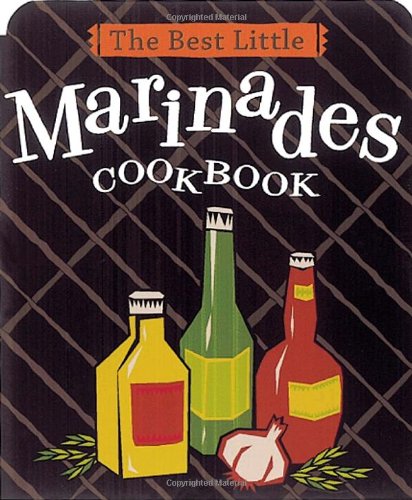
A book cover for The Best Little Marinades Cookbook (Best Little Cookbooks); Karen Adler; Cookbooks, Food & Wine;